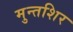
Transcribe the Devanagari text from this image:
मुन्तशिर